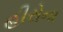
હીરોના